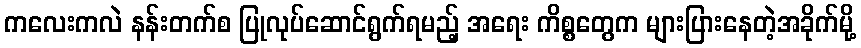
ကလေးကလဲ နန်းတက်စ ပြုလုပ်ဆောင်ရွက်ရမည့် အရေး ကိစ္စတွေက များပြားနေတဲ့အခိုက်မို့